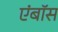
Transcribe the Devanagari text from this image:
एंबॉस